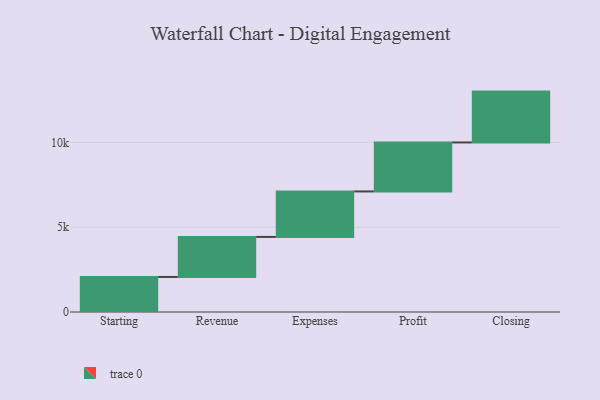
{"axis": {"x": "Step", "y": "Value"}, "legend": [""], "data": [{"x": "Starting", "y": 2068.0, "type": ""}, {"x": "Revenue", "y": 2361.0, "type": ""}, {"x": "Expenses", "y": 2683.0, "type": ""}, {"x": "Profit", "y": 2890.0, "type": ""}, {"x": "Closing", "y": 3000, "type": ""}]}